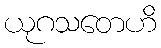
ယုဂသတေဟိ